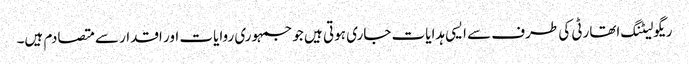
ریگولیٹنگ اتھارٹی کی طرف سے ایسی ہدایات جاری ہوتی ہیں جو جمہوری روایات اور اقدار سے متصادم ہیں۔